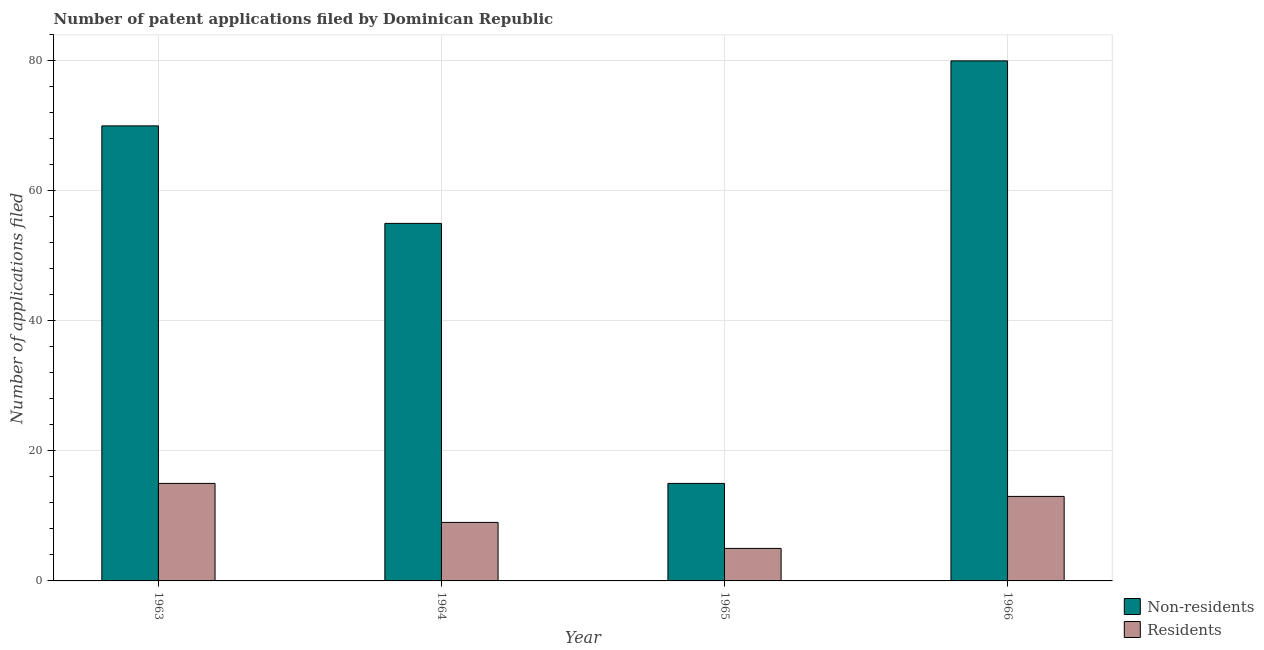
| Year | Non-residents | Residents |
 | --- | --- | --- |
 | 1963 | 70 | 15 |
 | 1964 | 55 | 9 |
 | 1965 | 15 | 5 |
 | 1966 | 80 | 13 |